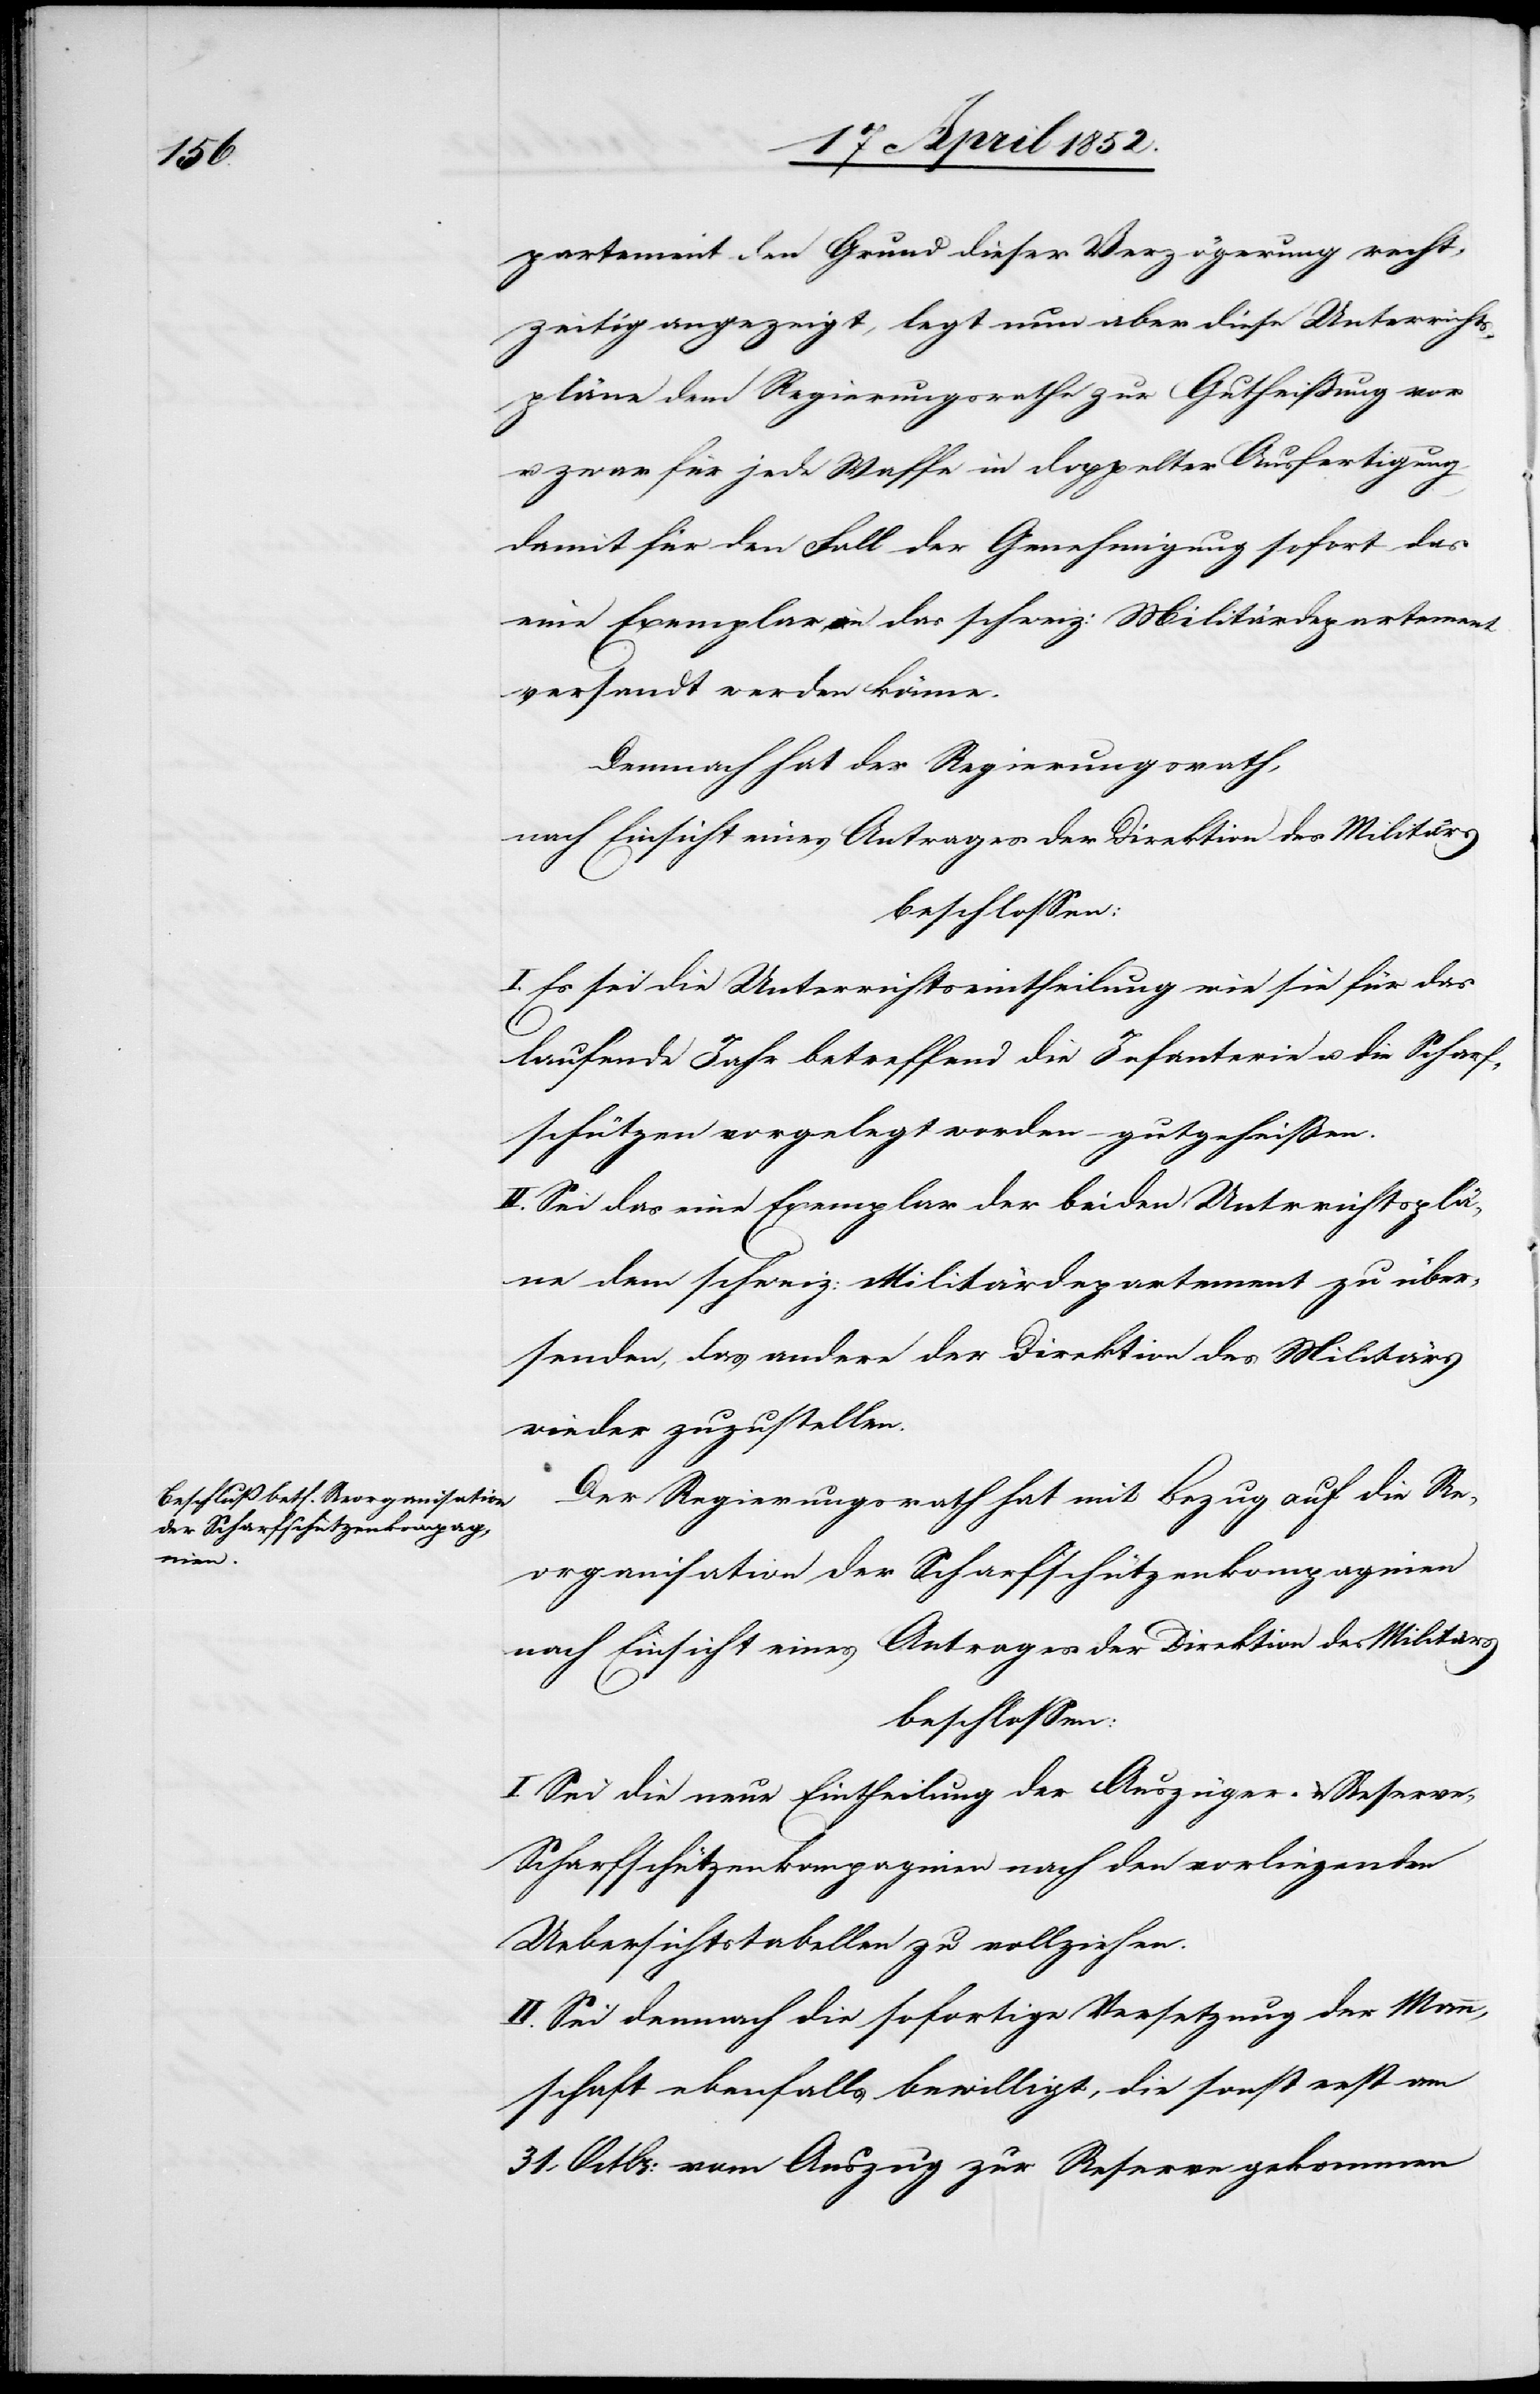
partement den Grund dieser Verzögerung recht¬
zeitig angezeigt, legt nun aber diese Unterricht¬
spläne dem Regierungsrathe zur Gutheißung vor
u. zwar für jede Waffe in doppelter Ausfertigung,
damit für den Fall der Genehmigung sofort das
eine Exemplar an das schweiz: Militärdepartement
versandt werden könne.
Demnach hat der Regierungsrath,
nach Einsicht eines Antrages der Direktion des Militärs
beschlossen:
I. Es sei die Unterrichtseintheilung wie sie für das
laufende Jahr betreffend die Infanterie u. die Scharf¬
schützen vorgelegt worden – gutgeheißen.
II. Sei das eine Exemplar der beiden Unt[e]rrichtsplä¬
ne dem schweiz: Militärdepartement zu über¬
senden, das andere der Direktion des Militärs
wieder zuzustellen.
Der Regierungsrath hat mit Bezug auf die Re¬
organisation der Scharfschützenkompagnien
I. Sei die neue Eintheilung der Auszüger- & Reserv¬
e-Scharfschützenkompagnien nach den vorliegenden
Uebersichtstabellen zu vollziehen.
II. Sei demnach die sofortige Versetzung der Mann¬
schaft ebenfalls bewilligt, die sonst erst am
31. Octbr: vom Auszug zur Reserve gekommen